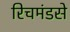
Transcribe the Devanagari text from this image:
रिचमंडसे